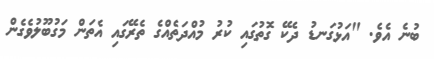
ބުނެ އެވެ. "އަޅުގަނޑު ދެކޭ ގޮތުގައި ކުރު މުއްދަތެއްގެ ތެރޭގައި އެތަން މަގުބޫލުވެގެން